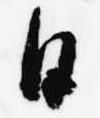
日